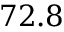
7 2 . 8